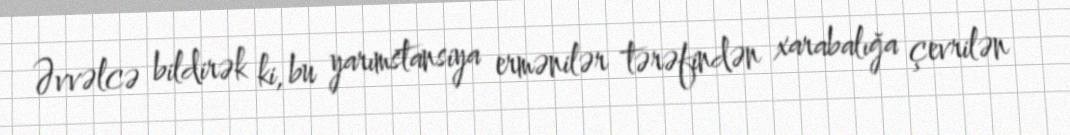
Əvvəlcə bildirək ki, bu yarımstansiya ermənilər tərəfindən xarabalığa çevrilən